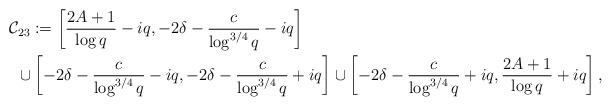
LaTeX: \begin{align*} & \mathcal{C}_{23} := \left[\frac{2A+1}{\log q}-iq,-2\delta-\frac{c}{\log^{3/4} q}-iq\right] \\ & \hskip 5pt \cup \left[-2\delta-\frac{c}{\log^{3/4} q}-iq,-2\delta-\frac{c}{\log^{3/4} q}+iq\right] \cup \left[-2\delta-\frac{c}{\log^{3/4} q}+iq,\frac{2A+1}{\log q}+iq\right], \end{align*}